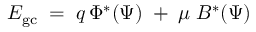
{ \cal E } _ { \mathrm { g c } } \; = \; q \, \Phi ^ { * } ( \Psi ) \; + \; \mu \; B ^ { * } ( \Psi )